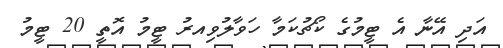
އަދި އޭނާ އެ ޓީމުގެ ކޯޗުކަމާ ހަވާލުވިއރު ޓީމު އޮތީ 20 ޓީމު